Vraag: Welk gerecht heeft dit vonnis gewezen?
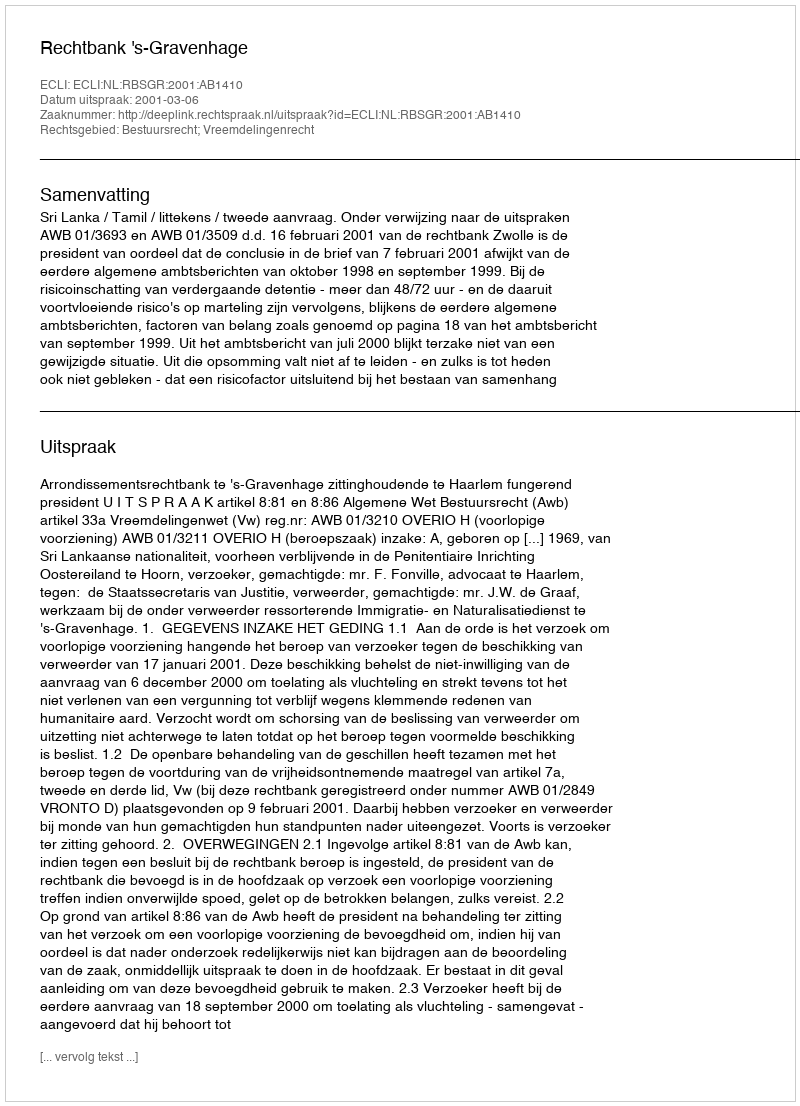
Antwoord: Rechtbank 's-Gravenhage